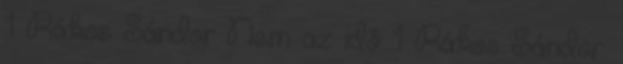
1 Rákos Sándor Nem az idő 1 Rákos Sándor: